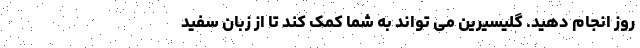
روز انجام دهید. گلیسیرین می تواند به شما کمک کند تا از زبان سفید